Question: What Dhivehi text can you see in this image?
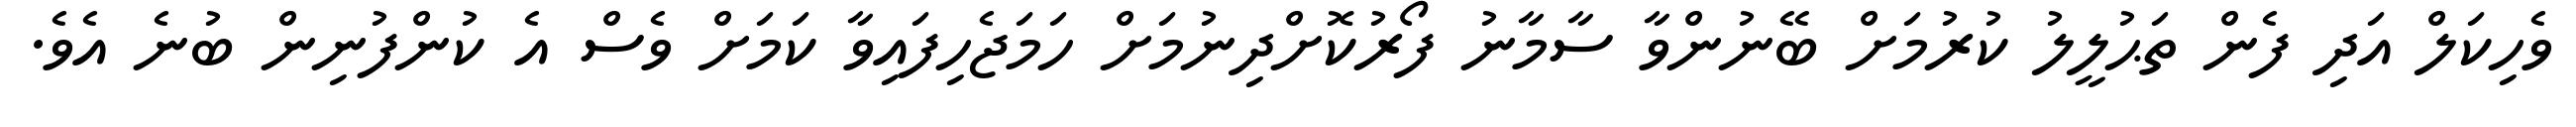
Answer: ވެހިކަލް އަދި ފެން ތަޙުލީލު ކުރުމަށް ބޭނުންވާ ސާމާނު ފޯރުކޮށްދިނުމަށް ހަމަޖެހިފައިވާ ކަމަށް ވެސް އެ ކުންފުނިން ބުނެ އެވެ.